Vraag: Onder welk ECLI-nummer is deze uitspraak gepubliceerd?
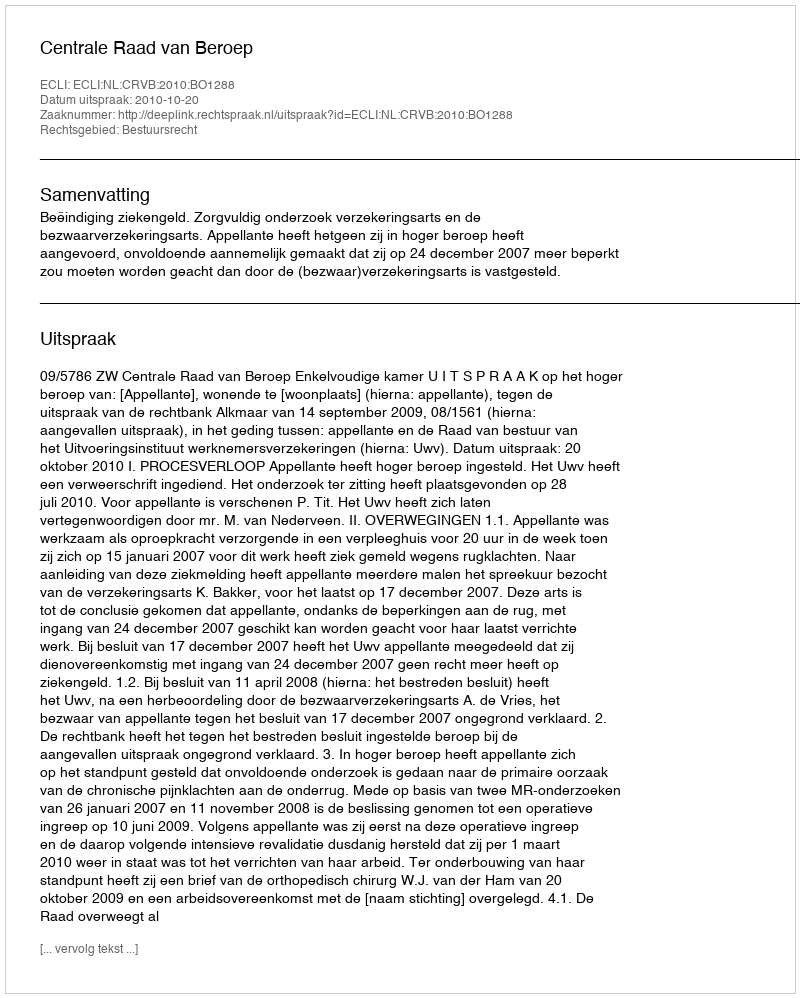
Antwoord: ECLI:NL:CRVB:2010:BO1288